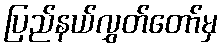
ပြည်နယ်လွှတ်တော်မှ